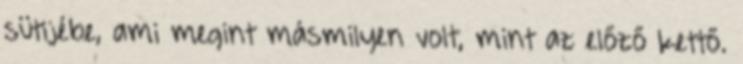
sütijébe, ami megint másmilyen volt, mint az előző kettő.